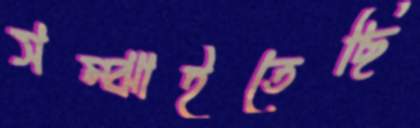
সম্‌ঝাইতেছি